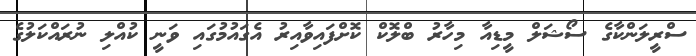
ސްރީލަންކާގެ ސޯޝަލް މީޑިއާ މިހާރު ބްލޮކް ކޮށްފައިވާއިރު އެގައުމުގައި ވަނީ ކުއްލި ނުރައްކަލުގެ